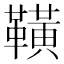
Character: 䪄